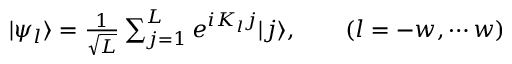
\begin{array} { r } { | \psi _ { l } \rangle = \frac { 1 } { \sqrt { L } } \sum _ { j = 1 } ^ { L } e ^ { i K _ { l } j } | j \rangle , \qquad ( l = - w , \cdots w ) } \end{array}